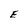
Character: E